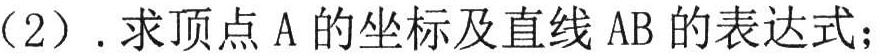
（2）.求顶点\(A\)的坐标及直线\(AB\)的表达式；